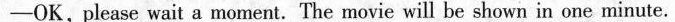
—OK,please wait a moment. The movie will be shown in one minute.